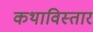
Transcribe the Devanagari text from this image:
कथाविस्तार